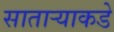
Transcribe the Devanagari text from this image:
साताऱ्याकडे